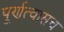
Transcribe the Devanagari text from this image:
पूर्णत्वासच